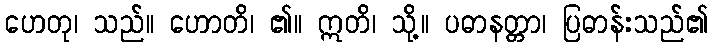
ဟေတု၊ သည်။ ဟောတိ၊ ၏။ ဣတိ၊ သို့။ ပဓာနတ္တာ၊ ပြဓာန်းသည်၏